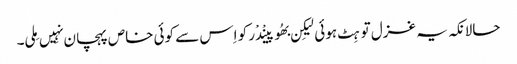
حالانکہ یہ غزل تو ہِٹ ہوئی لیکِن بھُوپینْدْر کو اِس سے کوئی خاص پہچان نہِیں مِلی۔